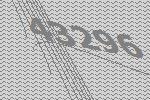
43296